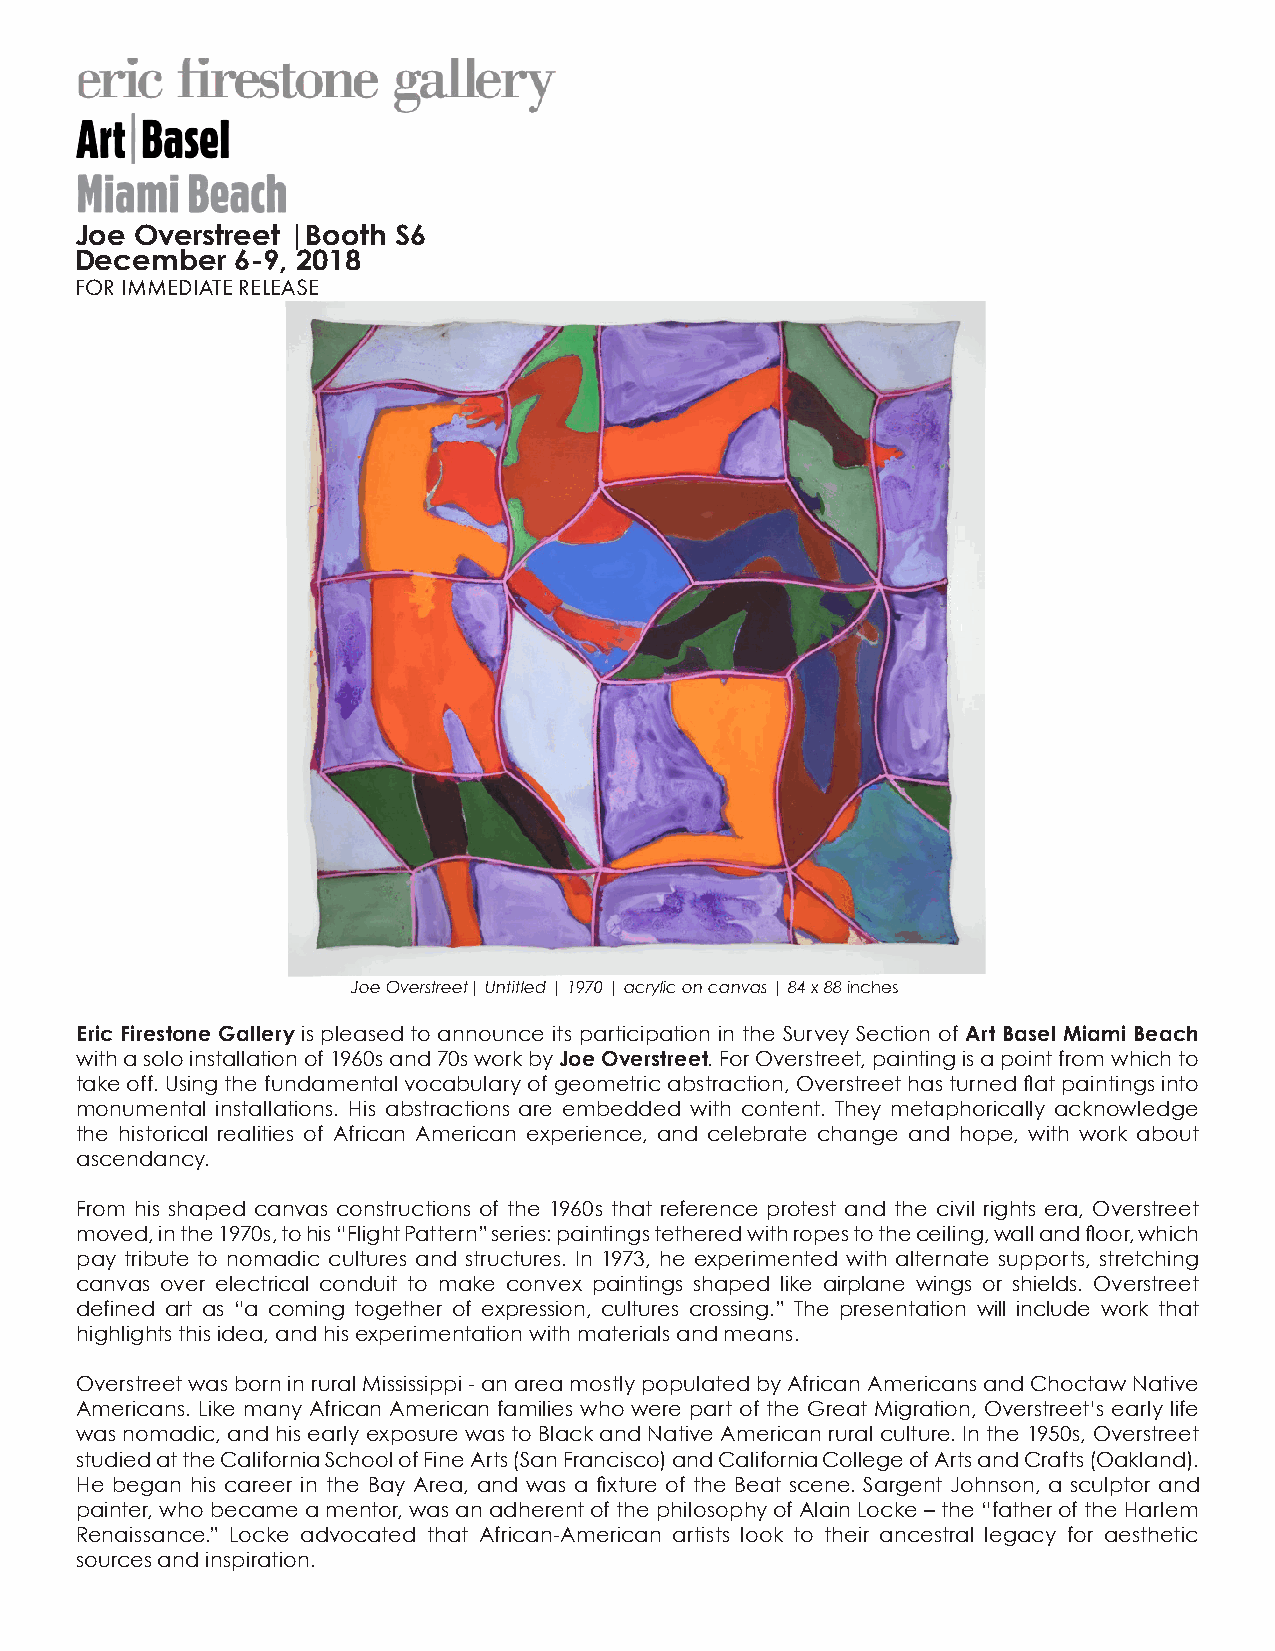
Joe Overstreet |Booth S6
 December   6-9, 2018
 FOR IMMEDIATE RELEASE
 Joe Overstreet| Untitled | 1970 | acrylic on canvas | 84 x 88 inches
 Eric Firestone Gallery is pleased to announce its participation in the Survey Section of Art Basel Miami Beach
 with a solo installation of 1960s and 70s work by Joe Overstreet. For Overstreet, painting is a point from which to
 take off. Using the fundamental vocabulary of geometric abstraction, Overstreet has turned flat paintings into
 monumental installations. His abstractions are embedded with content. They metaphorically acknowledge
 the historical realities of African American experience, and celebrate change and hope, with work about
 ascendancy.
 From his shaped canvas constructions of the 1960s that reference protest and the civil rights era, Overstreet
 moved, in the 1970s, to his “Flight Pattern” series: paintings tethered with ropes to the ceiling, wall and floor, which
 pay tribute to nomadic cultures and structures. In 1973, he experimented with alternate supports, stretching
 canvas over electrical conduit to make convex paintings shaped like airplane wings or shields. Overstreet
 defined art as “a coming together of expression, cultures crossing.” The presentation will include work that
 highlights this idea, and his experimentation with materials and means.
 Overstreet was born in rural Mississippi - an area mostly populated by African Americans and Choctaw Native
 Americans. Like many African American families who were part of the Great Migration, Overstreet’s early life
 was nomadic, and his early exposure was to Black and Native American rural culture. In the 1950s, Overstreet
 studied at the California School of Fine Arts (San Francisco) and California College of Arts and Crafts (Oakland).
 He began his career in the Bay Area, and was a fixture of the Beat scene. Sargent Johnson, a sculptor and
 painter, who became a mentor, was an adherent of the philosophy of Alain Locke – the “father of the Harlem
 Renaissance.” Locke advocated that African-American artists look to their ancestral legacy for aesthetic
 sources and inspiration.